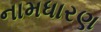
નામધારણ